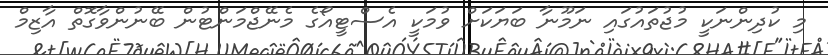
މި ކުދިންނަކީ މުޖުތައުގައި ނަމޫނާ ބަޔަކަށް ވުމަކީ އެސްޓީއޯގެ މެނޭޖްމަންޓުން ބޭނުންވާގޮތް އާޒިމް